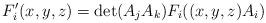
LaTeX: \begin{align*} F'_i(x,y,z) = \det(A_jA_k) F_i ((x,y,z)A_i) \end{align*}